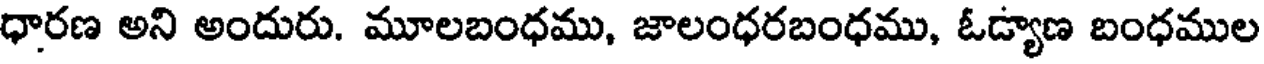
ధారణ అని అందురు. మూలబంధము, జాలంధరబంధము, ఓడ్యాణ బంధముల